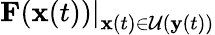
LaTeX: \left.\mathbf{F}(\mathbf{x}(t))\right|_{\mathbf{x}(t)\in\mathcal{U}(\mathbf{y}(t))}